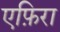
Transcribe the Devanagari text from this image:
एफ़िरा